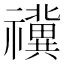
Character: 𥜥